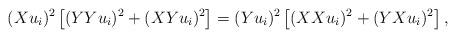
LaTeX: \begin{align*}(Xu_i)^2 \left[ (YYu_i)^2+ (XYu_i)^2\right]= (Yu_i)^2 \left[ (XXu_i)^2 +(YXu_i)^2 \right], \end{align*}